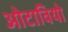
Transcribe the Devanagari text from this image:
ओटावियो